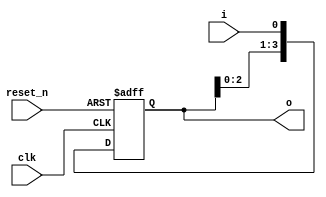
`timescale 1ns / 1ps
//////////////////////////////////////////////////////////////////////////////////
// Company: 
// 
// Design Name: Serial Input Parallel Output Register
// Module Name: SIPO
// Project Name: Serial Input Parallel Output Register 
// Target Devices: 
// Tool Versions: Vivado 2021.2
// Description: 
// 
// Dependencies: 
// 
// Revision:
// Revision 0.01 - File Created
// Additional Comments:
// 
//////////////////////////////////////////////////////////////////////////////////


module SIPO #(parameter size=4) (
    o,
    clk,
    reset_n,
    i
    );
    
    output reg [size-1:0]o;
    input clk;
    input reset_n;
    input i;
    
    always@(posedge clk or negedge reset_n)
    begin
        if(!reset_n)
            o <= 0;
            
        else
            o <= {o[size-2:0], i};
    end
endmodule